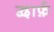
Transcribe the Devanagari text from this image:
द्वार्फ़